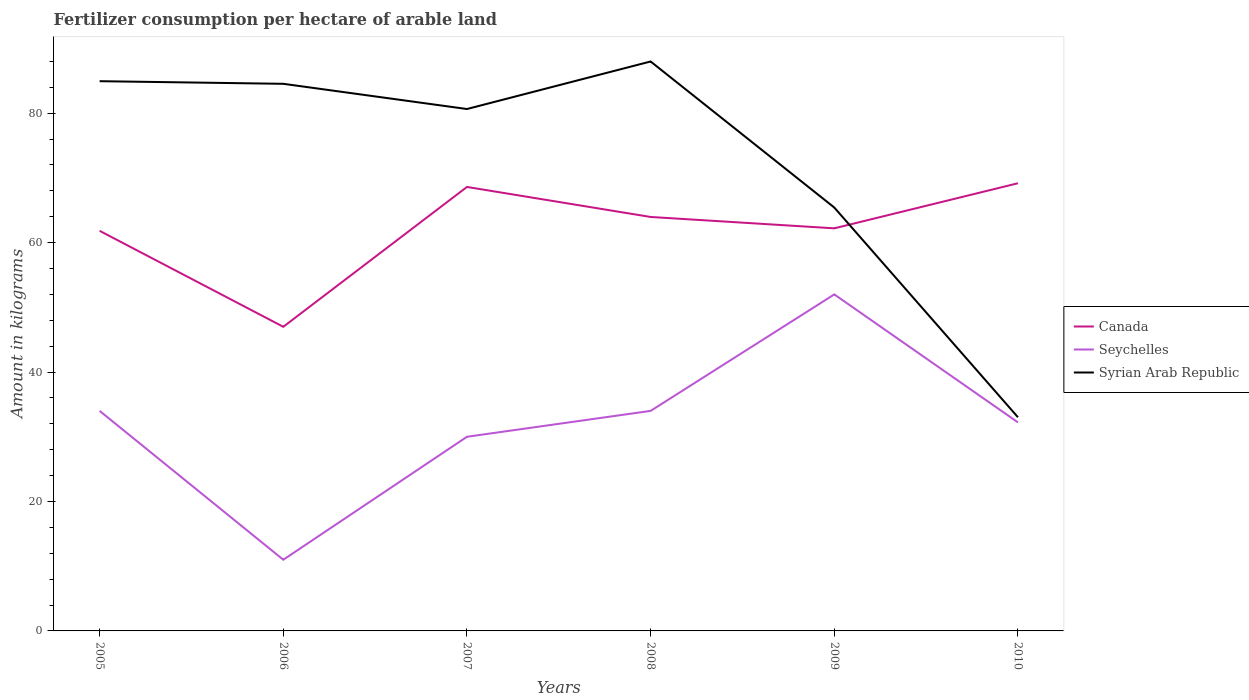
| Years | Canada | Seychelles | Syrian Arab Republic |
 | --- | --- | --- | --- |
 | 2005 | 61.8 | 34 | 84.9 |
 | 2006 | 47 | 11 | 84.5 |
 | 2007 | 68.6 | 30 | 80.6 |
 | 2008 | 64 | 34 | 88 |
 | 2009 | 62.2 | 52 | 65.4 |
 | 2010 | 69.2 | 32.2 | 33 |